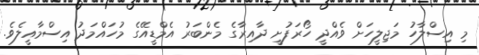
މި އިސްލާހު މަޖިލީހަށް ވެއްދީ ހޯރަފުށީ ދާއިރާގެ މެންބަރު އެމްޑީއޭގެ މުހައްމަދު އިސްމާއީލެވެ.